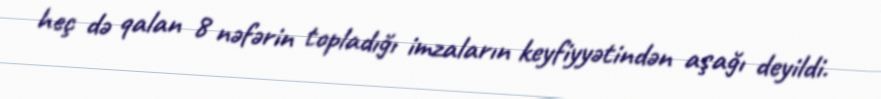
heç də qalan 8 nəfərin topladığı imzaların keyfiyyətindən aşağı deyildi.